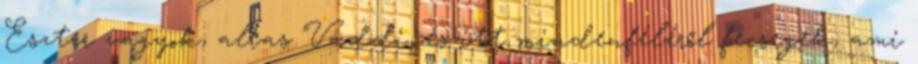
Eszter vagyok, alias Vaddi, és itt mindenféléről fecsegek, ami